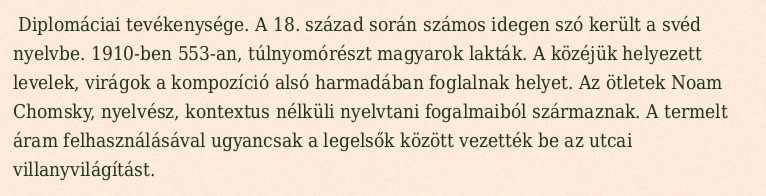
Diplomáciai tevékenysége. A 18. század során számos idegen szó került a svéd nyelvbe. 1910-ben 553-an, túlnyomórészt magyarok lakták. A közéjük helyezett levelek, virágok a kompozíció alsó harmadában foglalnak helyet. Az ötletek Noam Chomsky, nyelvész, kontextus nélküli nyelvtani fogalmaiból származnak. A termelt áram felhasználásával ugyancsak a legelsők között vezették be az utcai villanyvilágítást.